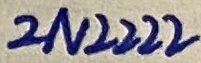
Text: 2N2222